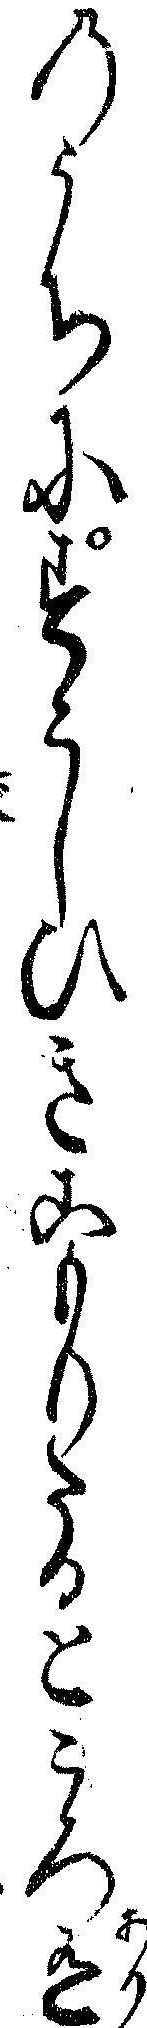
のうちにすこしひきこもりたるところ有